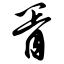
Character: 胥